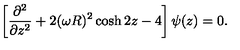
\left[ { \frac { \partial ^ { 2 } } { \partial z ^ { 2 } } } + 2 ( \omega R ) ^ { 2 } \cosh 2 z - 4 \right] \psi ( z ) = 0 .